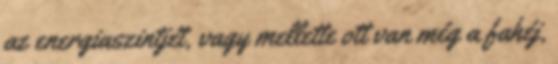
az energiaszintjét, vagy mellette ott van még a fahéj,